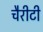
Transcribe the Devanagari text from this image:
चैरीटी